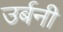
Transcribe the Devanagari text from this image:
उर्बनी